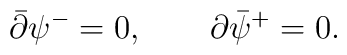
\bar\partial\psi^-=0,\qquad \partial\bar\psi^+=0.